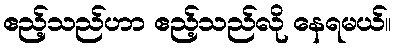
ဧည့်သည်ဟာ ဧည့်သည်လို နေရမယ်။